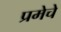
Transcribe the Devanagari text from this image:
प्रमेचे